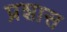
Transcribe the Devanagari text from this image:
प्रशास